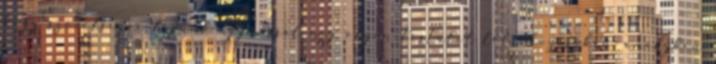
hogy szövetségre lépünk egymással egy olyan testület létrehozásában, amelyben